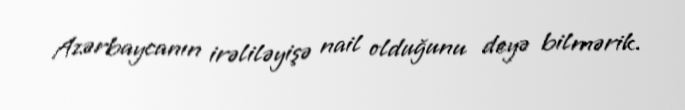
Azərbaycanın irəliləyişə nail olduğunu deyə bilmərik.